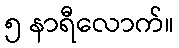
၅ နာရီလောက်။